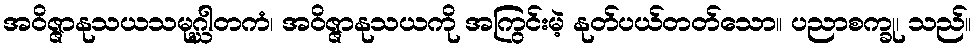
အဝိဇ္ဇာနုသယသမုဂ္ဃါတကံ၊ အဝိဇ္ဇာနုသယကို အကြွင်းမဲ့ နုတ်ပယ်တတ်သော။ ပညာစက္ခု၊ သည်။